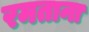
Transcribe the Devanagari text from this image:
रमताना